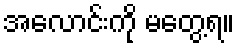
အလောင်းကို မတွေ့ရ။